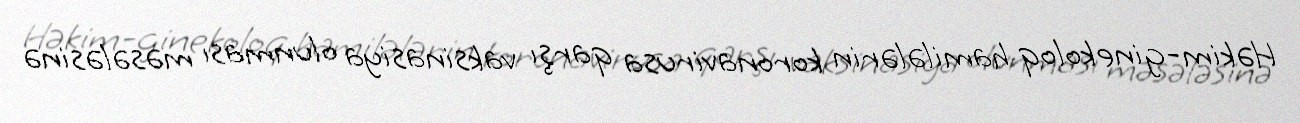
Həkim-ginekoloq hamilələrin koronavirusa qarşı vaksinasiya olunması məsələsinə